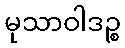
မုသာဝါဒဉ္စ